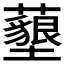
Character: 𮒰